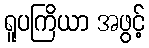
ရူပကြိယာ အဖွင့်